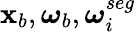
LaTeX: {\mathbf{x}}_{b},{\boldsymbol{\omega}_{b}},{\boldsymbol{\omega}_{i}^{seg}}